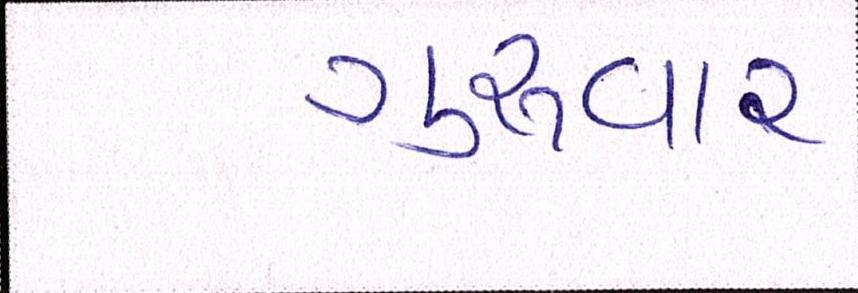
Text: ગુરુવાર